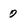
Character: o